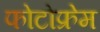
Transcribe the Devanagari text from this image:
फोटोफ्रेम